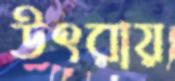
উৎরায়